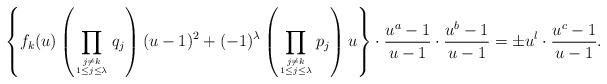
LaTeX: \begin{align*}\left\{ f_k(u)\left(\prod_{\scriptsize{j\ne k}\atop\scriptsize{1\le j\le \lambda}}q_j\right)(u-1)^2+(-1)^{\lambda}\left(\prod_{\scriptsize{j\ne k}\atop\scriptsize{1\le j\le \lambda}}p_j\right)u\right\}\cdot\frac{u^a-1}{u-1}\cdot\frac{u^b-1}{u-1}=\pm u^l \cdot \frac{u^c-1}{u-1}.\end{align*}